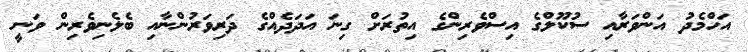
އަހްމެދު އަންވަރާއި ސުކޫލްގެ އިސްވެރިންގެ އިތުރަށް ގިނަ އަދަދެއްގެ ދަރިވަރުންނާއި ބެލެނިވެރިން ވަނީ